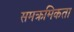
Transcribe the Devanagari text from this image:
समक्रमिकता